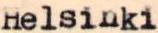
Helsinki